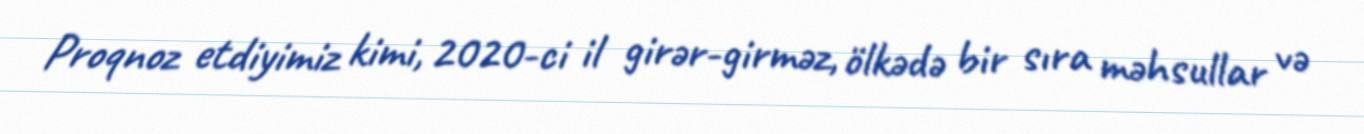
Proqnoz etdiyimiz kimi, 2020-ci il girər-girməz, ölkədə bir sıra məhsullar və